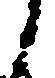
候